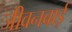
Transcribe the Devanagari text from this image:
जीवनबाई